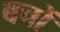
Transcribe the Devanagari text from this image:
बचों